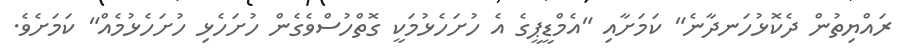
ރައްޔިތުން ދެކޮޅުހަނދާނެ" ކަމަށާއި "އެމްޑީޕީގެ އެ ހުށަހެޅުމަކީ ގޮތްހުސްވެގެން ހުށަހެޅި ހުށަހެޅުމެއް" ކަމަށެވެ.